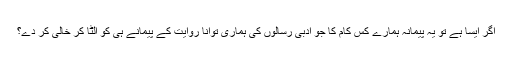
اگر ایسا ہے تو یہ پیمانہ ہمارے کس کام کا جو ادبی رسالوں کی ہماری توانا روایت کے پیمانے ہی کو الٹا کر خالی کر دے؟